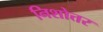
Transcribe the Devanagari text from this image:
निशोत्तर